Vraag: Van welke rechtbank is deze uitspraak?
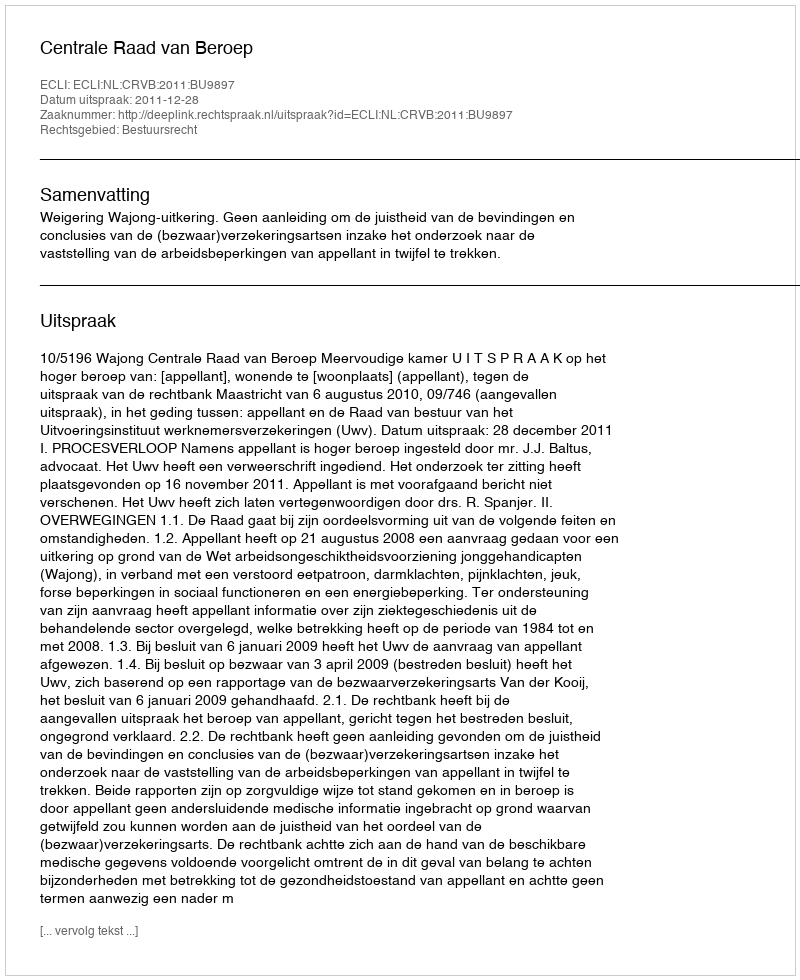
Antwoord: Centrale Raad van Beroep